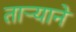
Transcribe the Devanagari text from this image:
तार्‍याने